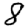
Digit: 8